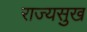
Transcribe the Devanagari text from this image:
राज्यसुख